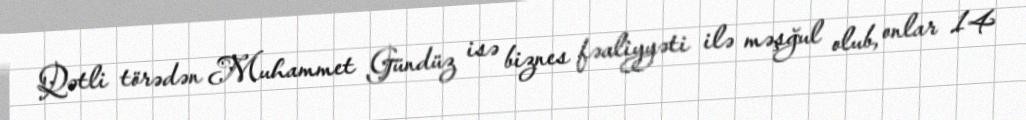
Qətli törədən Muhammet Gündüz isə biznes fəaliyyəti ilə məşğul olub, onlar 14